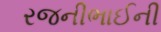
રજનીભાઈની